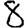
Digit: 8